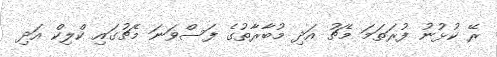
ރޭ ކުޅުނު ފުރަތަމަ މެޗު އަދި މުބާރާތުގެ ފަސްވަނަ މެޗުގައި ކްލިކް އަދި